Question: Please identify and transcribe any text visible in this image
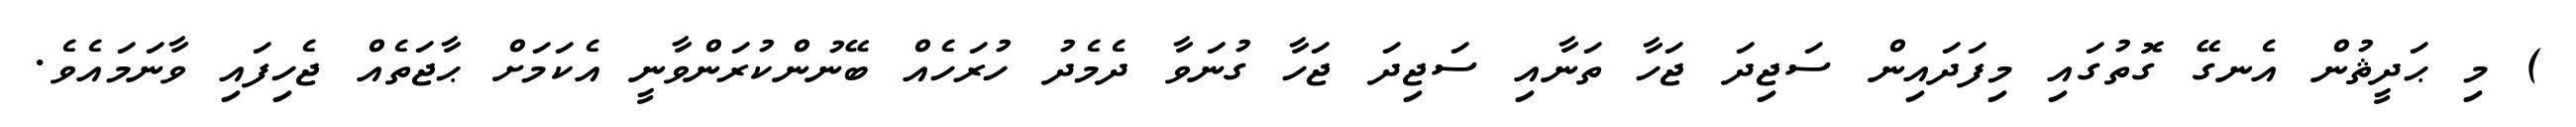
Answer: ) މި ޙަދީޘުން އެނގޭ ގޮތުގައި މިފަދައިން ސަޖިދަ ޖަހާ ތަނާއި ސަޖިދަ ޖަހާ ގުނަވާ ދެމެދު ހުރަހެއް ބޭނުންކުރަންވާނީ އެކަމަށް ޙާޖަތެއް ޖެހިފައި ވާނަމައެވެ.